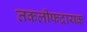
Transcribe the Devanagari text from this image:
तकलीफदायक